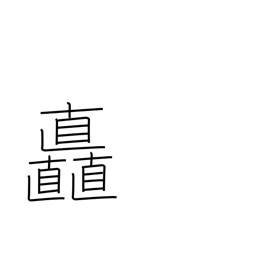
Meaning: luxuriance